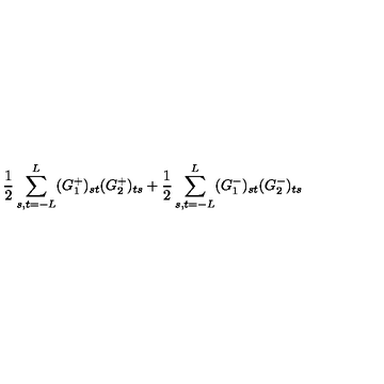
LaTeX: \frac { 1 } { 2 } \sum _ { s , t = - L } ^ { L } ( G _ { 1 } ^ { + } ) _ { s t } ( G _ { 2 } ^ { + } ) _ { t s } + \frac { 1 } { 2 } \sum _ { s , t = - L } ^ { L } ( G _ { 1 } ^ { - } ) _ { s t } ( G _ { 2 } ^ { - } ) _ { t s }